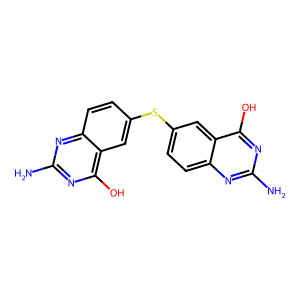
SMILES: Nc1nc(O)c2cc(Sc3ccc4nc(N)nc(O)c4c3)ccc2n1
Inhibits HIV replication: No